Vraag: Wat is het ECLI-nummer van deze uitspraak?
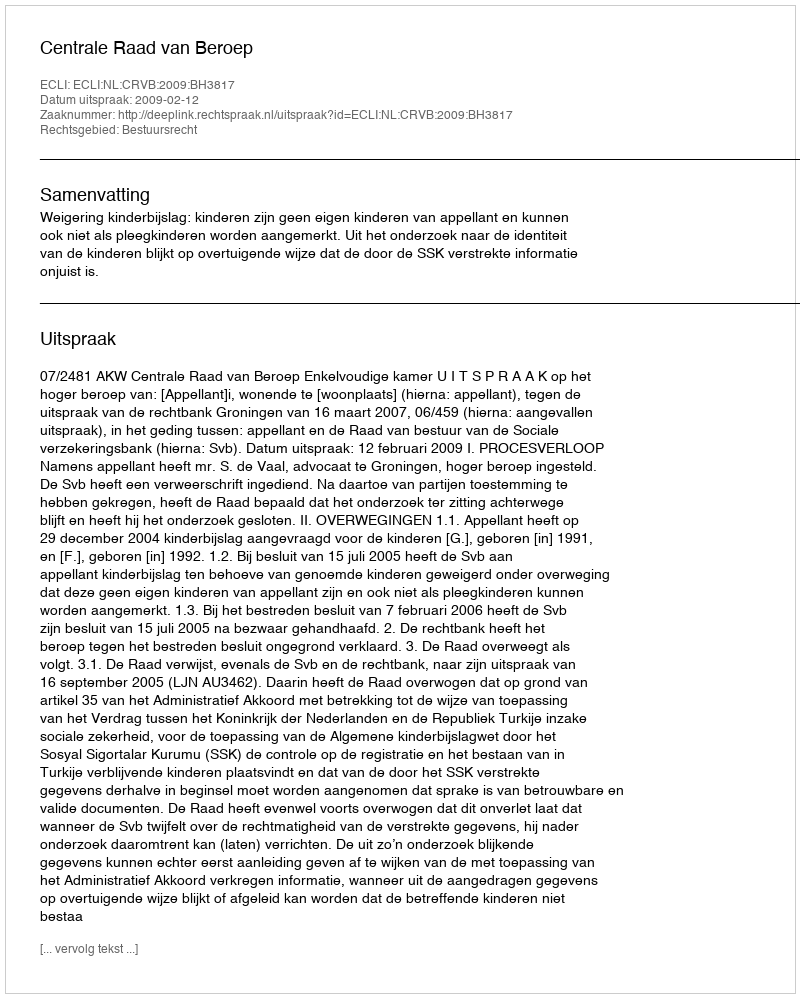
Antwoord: ECLI:NL:CRVB:2009:BH3817